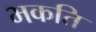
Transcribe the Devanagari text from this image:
भकति